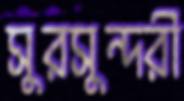
সুরসুন্দরী